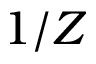
1 / Z